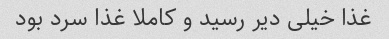
غذا خیلی دیر رسید و کاملا غذا سرد بود